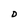
Character: D